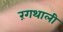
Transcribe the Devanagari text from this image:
रंगथाली